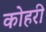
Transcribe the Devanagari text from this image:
कोहरी